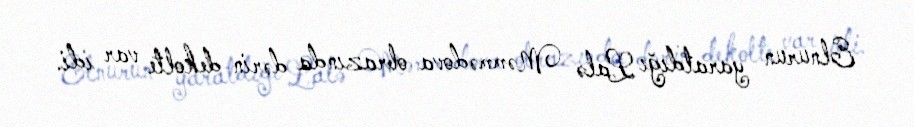
Elnurun yaratdığı Lalə Məmmədova obrazında dərin dekolte var idi.